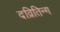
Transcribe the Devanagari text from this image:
दव्रितिन्ग